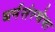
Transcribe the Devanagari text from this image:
धर्मसंस्थेचा